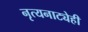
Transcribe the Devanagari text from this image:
नृत्यनाट्येही